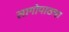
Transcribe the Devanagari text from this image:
लागोपाठचा